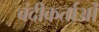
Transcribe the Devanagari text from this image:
बंदीकर्ताओं